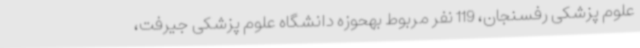
علوم پزشکی رفسنجان، 119 نفر مربوط بهحوزه دانشگاه علوم پزشکی جیرفت،